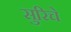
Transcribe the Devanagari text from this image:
सुरिचे